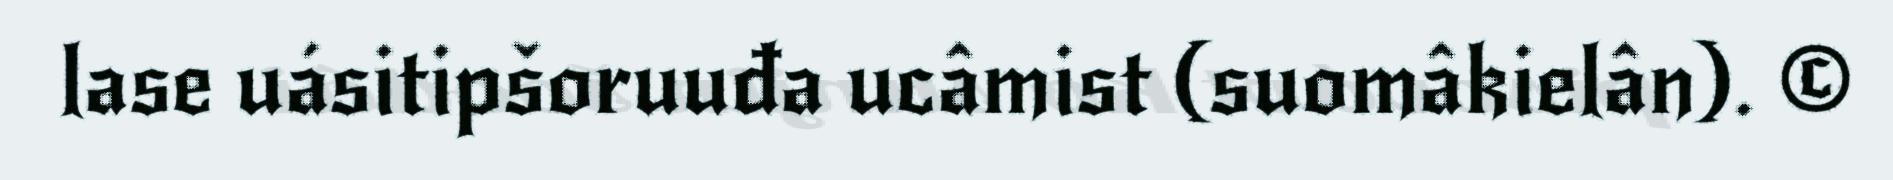
lase uásitipšoruuđa ucâmist (suomâkielân). ©